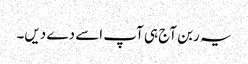
یہ ربن آج ہی آپ اسے دے دیں۔